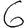
Digit: 6